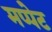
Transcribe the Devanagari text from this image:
मप्पेट